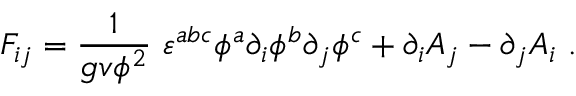
{ \cal F } _ { i j } = \frac { 1 } { g v \phi ^ { 2 } } \ \varepsilon ^ { a b c } \phi ^ { a } \partial _ { i } \phi ^ { b } \partial _ { j } \phi ^ { c } + \partial _ { i } A _ { j } - \partial _ { j } A _ { i } \ .